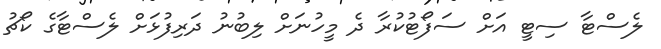
ލެސްޓާ ސިޓީ އަށް ސަފޯޓުކުރާ ދެ މީހުނަށް ލިބުނު ދަރިފުޅަށް ލެސްޓާގެ ކޯޗު